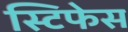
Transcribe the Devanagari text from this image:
स्टिफेस